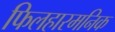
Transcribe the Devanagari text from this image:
फिलहारमनिक